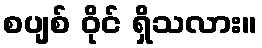
စပျစ် ဝိုင် ရှိသလား။